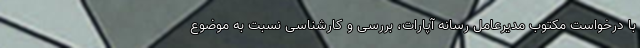
با درخواست مکتوب مدیرعامل رسانه آپارات، بررسی و کارشناسی نسبت به موضوع